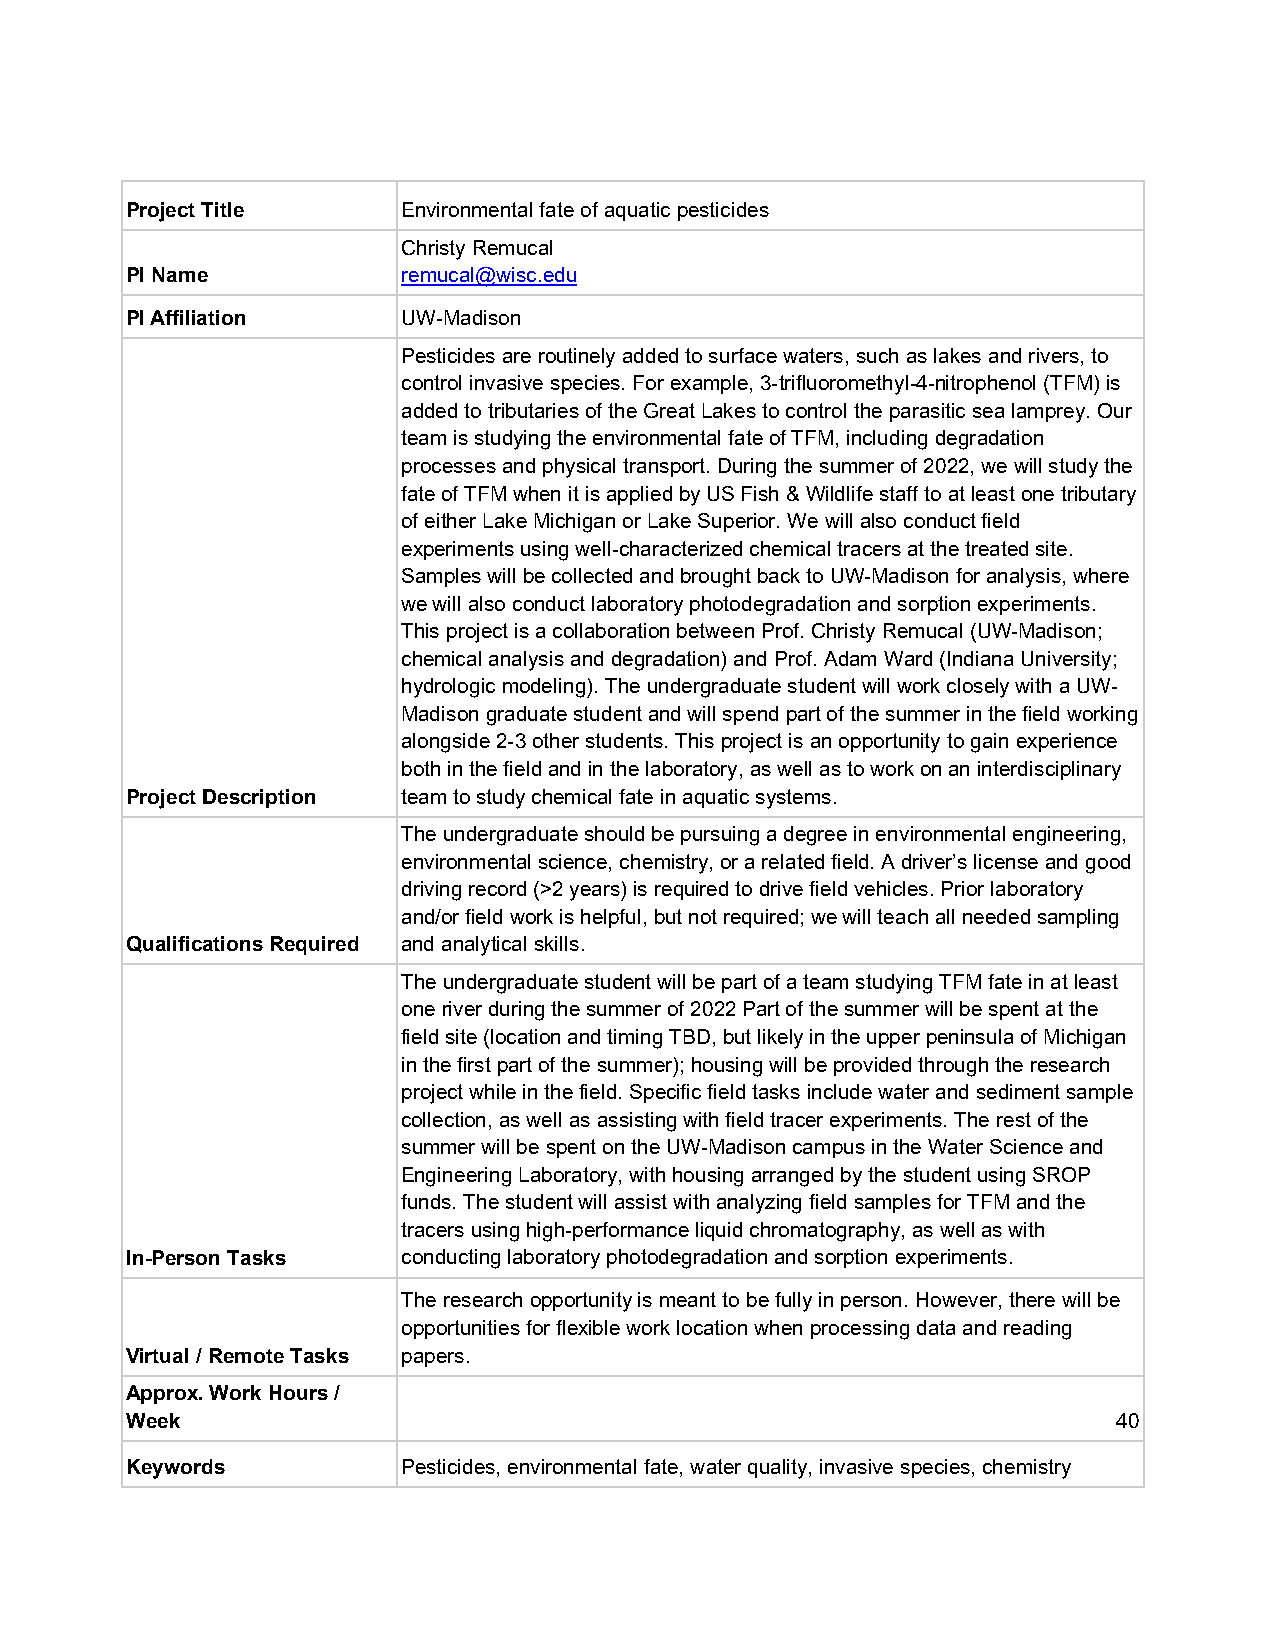
Project Title      Environmental fate of aquatic pesticides
 Christy Remucal
 PI Name            remucal@wisc.edu
 PI Affiliation     UW-Madison
 Pesticides are routinely added to surface waters, such as lakes and rivers, to
 control invasive species. For example, 3-trifluoromethyl-4-nitrophenol (TFM) is
 added to tributaries of the Great Lakes to control the parasitic sea lamprey. Our
 team is studying the environmental fate of TFM, including degradation
 processes and physical transport. During the summer of 2022, we will study the
 fate of TFM when it is applied by US Fish & Wildlife staff to at least one tributary
 of either Lake Michigan or Lake Superior. We will also conduct field
 experiments using well-characterized chemical tracers at the treated site.
 Samples will be collected and brought back to UW-Madison for analysis, where
 we will also conduct laboratory photodegradation and sorption experiments.
 This project is a collaboration between Prof. Christy Remucal (UW-Madison;
 chemical analysis and degradation) and Prof. Adam Ward (Indiana University;
 hydrologic modeling). The undergraduate student will work closely with a UW-
 Madison graduate student and will spend part of the summer in the field working
 alongside 2-3 other students. This project is an opportunity to gain experience
 both in the field and in the laboratory, as well as to work on an interdisciplinary
 Project Description team to study chemical fate in aquatic systems.
 The undergraduate should be pursuing a degree in environmental engineering,
 environmental science, chemistry, or a related field. A driver’s license and good
 driving record (>2 years) is required to drive field vehicles. Prior laboratory
 and/or field work is helpful, but not required; we will teach all needed sampling
 Qualifications Required and analytical skills.
 The undergraduate student will be part of a team studying TFM fate in at least
 one river during the summer of 2022 Part of the summer will be spent at the
 field site (location and timing TBD, but likely in the upper peninsula of Michigan
 in the first part of the summer); housing will be provided through the research
 project while in the field. Specific field tasks include water and sediment sample
 collection, as well as assisting with field tracer experiments. The rest of the
 summer will be spent on the UW-Madison campus in the Water Science and
 Engineering Laboratory, with housing arranged by the student using SROP
 funds. The student will assist with analyzing field samples for TFM and the
 tracers using high-performance liquid chromatography, as well as with
 In-Person Tasks    conducting laboratory photodegradation and sorption experiments.
 The research opportunity is meant to be fully in person. However, there will be
 opportunities for flexible work location when processing data and reading
 Virtual / Remote Tasks papers.
 Approx. Work Hours /
 Week                                                              40
 Keywords           Pesticides, environmental fate, water quality, invasive species, chemistry